Civil Veterinary Department. United Provinces 1932-42 - 1932-1942
Year: 1932
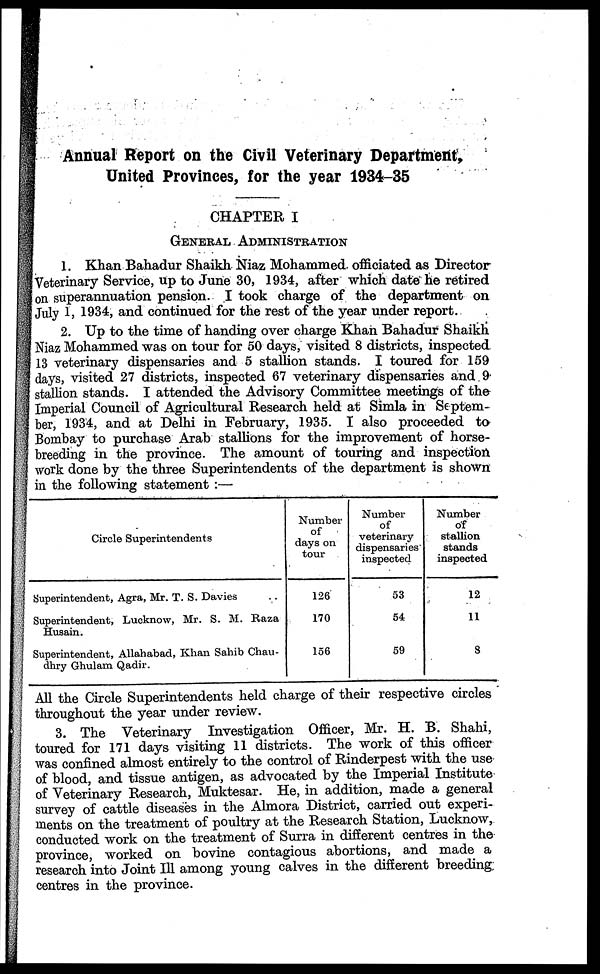
Annual Report on the Civil Veterinary Department,
United Provinces, for the year 1934-35
CHAPTER I
GENERAL ADMINISTRATION
1. Khan Bahadur Shaikh Niaz Mohammed officiated as Director
Veterinary Service, up to June 30, 1934, after which date he retired
on superannuation pension. I took charge of the department on
July 1, 1934, and continued for the rest of the year under report.
2. Up to the time of handing over charge Khan Bahadur Shaikh
Niaz Mohammed was on tour for 50 days, visited 8 districts, inspected
13 veterinary dispensaries and 5 stallion stands. I toured for 159
days, visited 27 districts, inspected 67 veterinary dispensaries and 9
stallion stands. I attended the Advisory Committee meetings of the
Imperial Council of Agricultural Research held at Simla in Septem-
ber, 1934, and at Delhi in February, 1935. I also proceeded to
Bombay to purchase Arab stallions for the improvement of horse-
breeding in the province. The amount of touring and inspection
work done by the three Superintendents of the department is shown
in the following statement :—
Circle Superintendents
Superintendent, Agra, Mr. T. S. Davies
Superintendent, Lucknow, Mr. S. M. Raza
Husain.
Superintendent, Allahabad, Khan Sahib Chau-
dhry Ghulam Qadir.
Number
of
days on
tour
126
170
156
Number
of
veterinary
dispensaries
inspected
53
54
59
Number
of
stallion
stands
inspected
12
11
8
All the Circle Superintendents held charge of their respective circles
throughout the year under review.
3. The Veterinary Investigation Officer, Mr. H. B. Shahi,
toured for 171 days visiting 11 districts. The work of this officer
was confined almost entirely to the control of Rinderpest with the use
of blood, and tissue antigen, as advocated by the Imperial Institute
of Veterinary Research, Muktesar. He, in addition, made a general
survey of cattle diseases in the Almora District, carried out experi-
ments on the treatment of poultry at the Research Station, Lucknow,
conducted work on the treatment of Surra in different centres in the
province, worked on bovine contagious abortions, and made a
research into Joint 111 among young calves in the different breeding;
centres in the province.